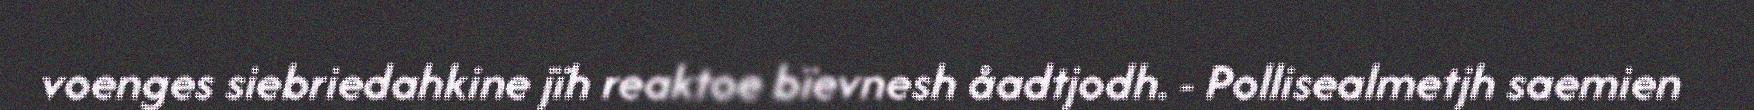
voenges siebriedahkine jïh reaktoe bïevnesh åadtjodh. - Pollisealmetjh saemien